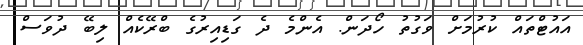
އައުޓްތައް ކުރުމަށް ވަގުތު ހޯދަން. އެންމެ ދެ ގަޑިއިރުގެ ބްރޭކެއް ލިބޭ ދުވަސް